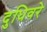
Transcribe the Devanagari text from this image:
दुधिवरे